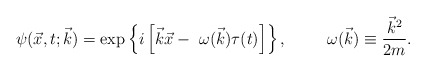
\begin{align*}\psi( \vec x, t; \vec k ) = \exp \left\{ i \left[\vec k \vec x - \ \omega (\vec k) \tau(t) \right] \right\}, \hspace{1cm} \omega ( \vec k ) \equiv \frac{ {\vec k}^2 }{2 m}.\end{align*}